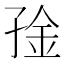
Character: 𫲧